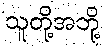
သူတို့အဘို့